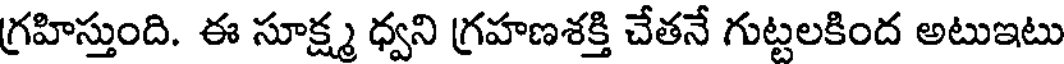
గ్రహిస్తుంది. ఈ సూక్ష్మ ధ్వని గ్రహణశక్తి చేతనే గుట్టలకింద అటుఇటు